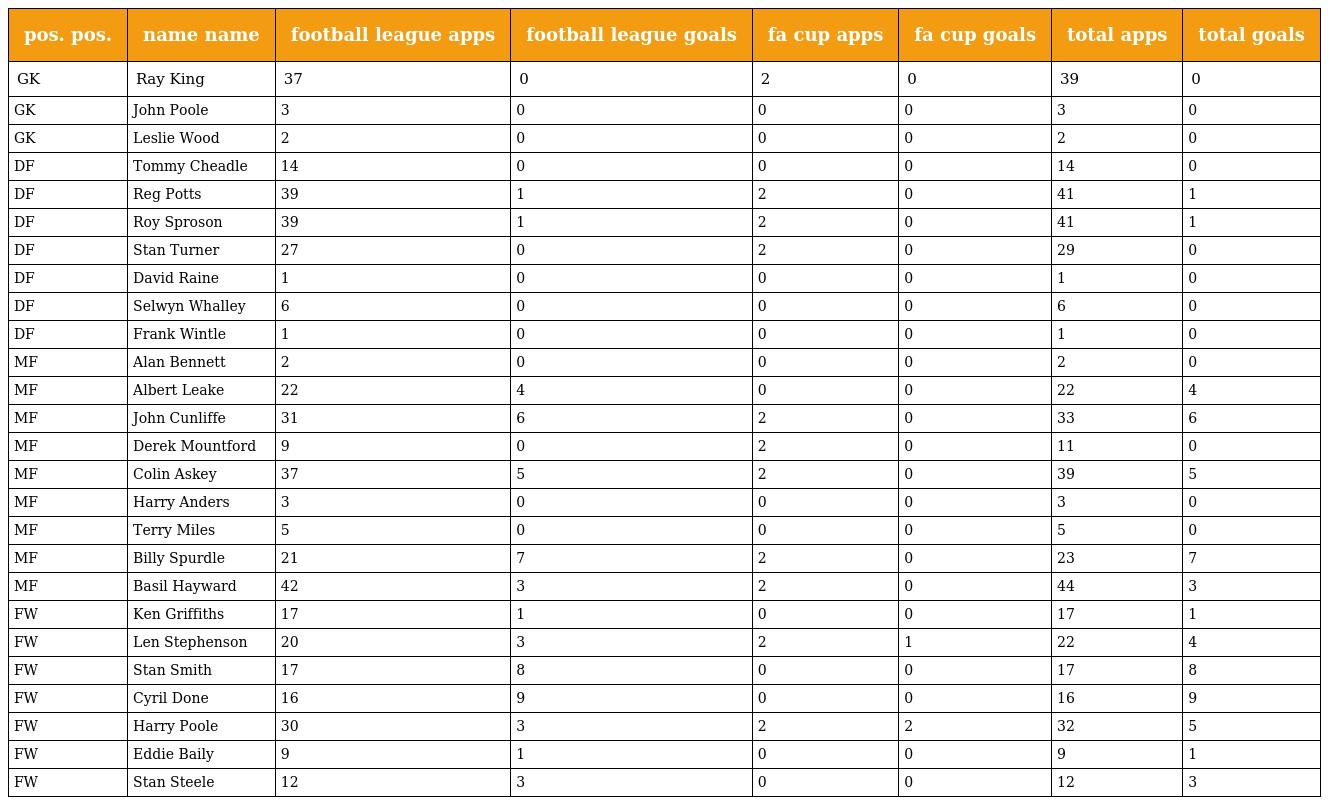
| pos. pos. | name name | football league apps | football league goals | fa cup apps | fa cup goals | total apps | total goals |
 | --- | --- | --- | --- | --- | --- | --- | --- |
 | GK | Ray King | 37 | 0 | 2 | 0 | 39 | 0 |
 | GK | John Poole | 3 | 0 | 0 | 0 | 3 | 0 |
 | GK | Leslie Wood | 2 | 0 | 0 | 0 | 2 | 0 |
 | DF | Tommy Cheadle | 14 | 0 | 0 | 0 | 14 | 0 |
 | DF | Reg Potts | 39 | 1 | 2 | 0 | 41 | 1 |
 | DF | Roy Sproson | 39 | 1 | 2 | 0 | 41 | 1 |
 | DF | Stan Turner | 27 | 0 | 2 | 0 | 29 | 0 |
 | DF | David Raine | 1 | 0 | 0 | 0 | 1 | 0 |
 | DF | Selwyn Whalley | 6 | 0 | 0 | 0 | 6 | 0 |
 | DF | Frank Wintle | 1 | 0 | 0 | 0 | 1 | 0 |
 | MF | Alan Bennett | 2 | 0 | 0 | 0 | 2 | 0 |
 | MF | Albert Leake | 22 | 4 | 0 | 0 | 22 | 4 |
 | MF | John Cunliffe | 31 | 6 | 2 | 0 | 33 | 6 |
 | MF | Derek Mountford | 9 | 0 | 2 | 0 | 11 | 0 |
 | MF | Colin Askey | 37 | 5 | 2 | 0 | 39 | 5 |
 | MF | Harry Anders | 3 | 0 | 0 | 0 | 3 | 0 |
 | MF | Terry Miles | 5 | 0 | 0 | 0 | 5 | 0 |
 | MF | Billy Spurdle | 21 | 7 | 2 | 0 | 23 | 7 |
 | MF | Basil Hayward | 42 | 3 | 2 | 0 | 44 | 3 |
 | FW | Ken Griffiths | 17 | 1 | 0 | 0 | 17 | 1 |
 | FW | Len Stephenson | 20 | 3 | 2 | 1 | 22 | 4 |
 | FW | Stan Smith | 17 | 8 | 0 | 0 | 17 | 8 |
 | FW | Cyril Done | 16 | 9 | 0 | 0 | 16 | 9 |
 | FW | Harry Poole | 30 | 3 | 2 | 2 | 32 | 5 |
 | FW | Eddie Baily | 9 | 1 | 0 | 0 | 9 | 1 |
 | FW | Stan Steele | 12 | 3 | 0 | 0 | 12 | 3 |